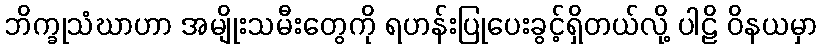
ဘိက္ခုသံဃာဟာ အမျိုးသမီးတွေကို ရဟန်းပြုပေးခွင့်ရှိတယ်လို့ ပါဠိ ဝိနယမှာ